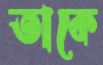
তাকে